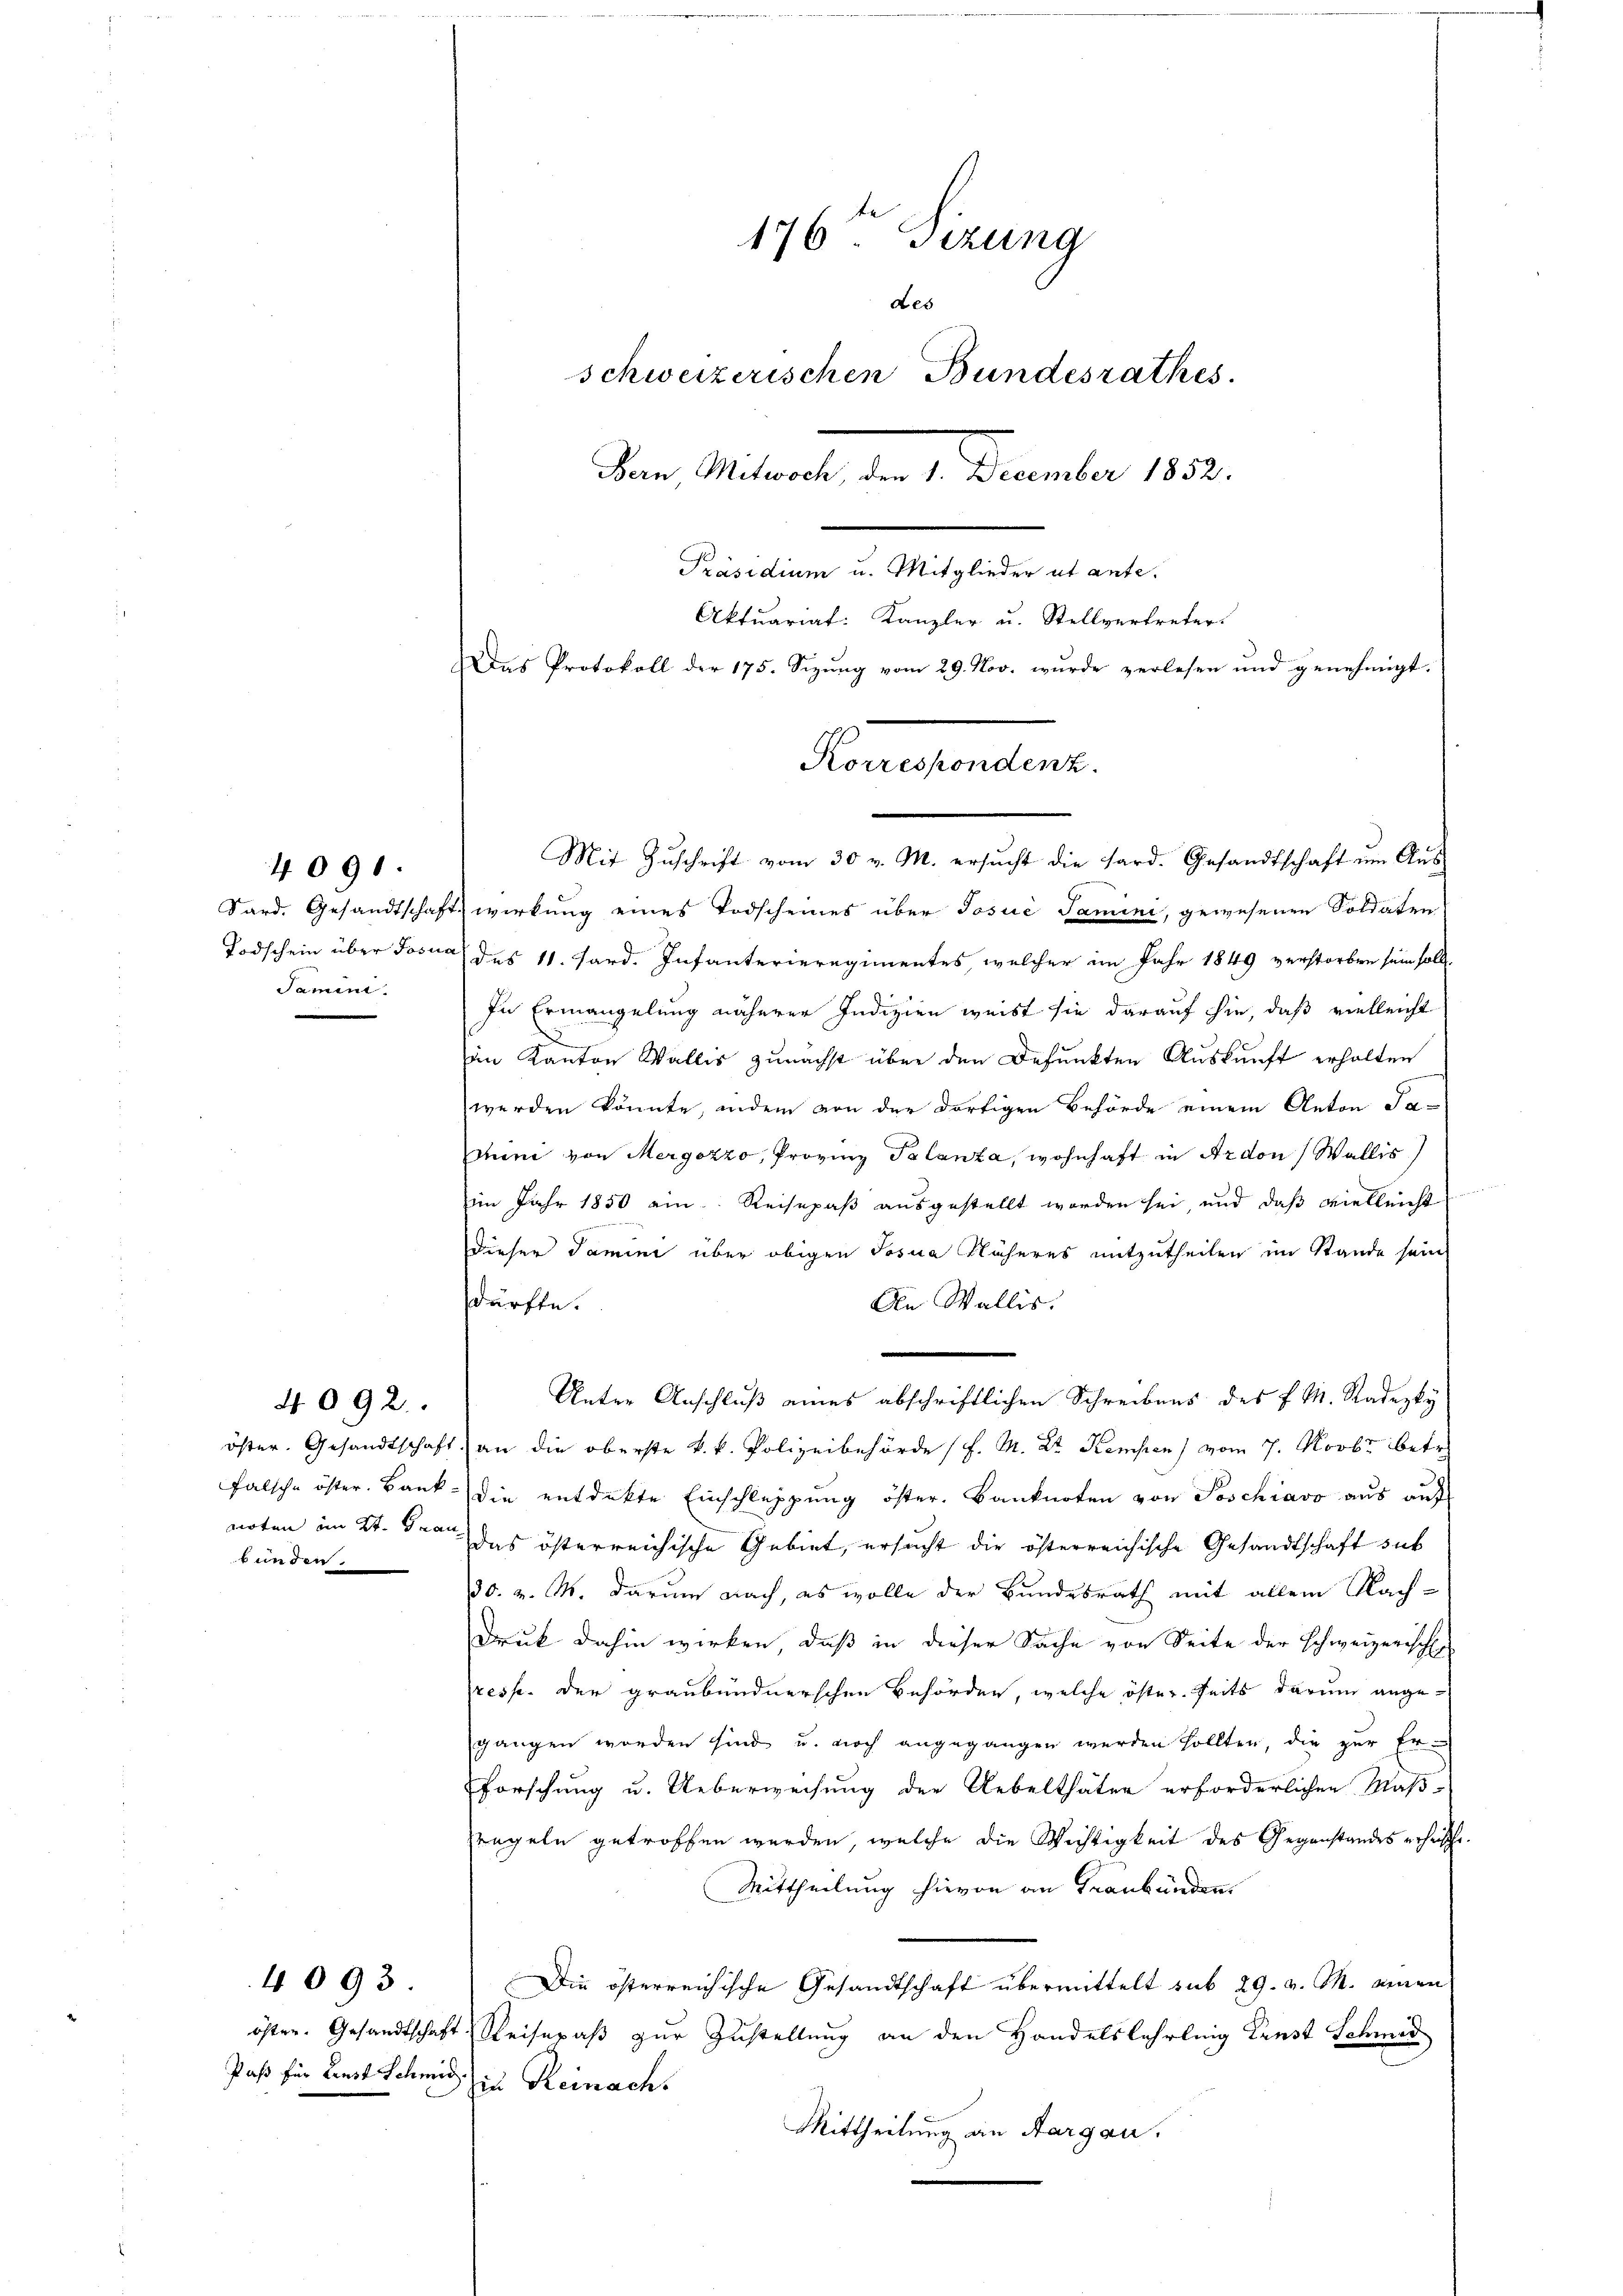
Samen.

4090.

bunden.

4092

4093.

176ten Sizung
des
schweizerischen Bundesrathes.
Bern, Metwoch, den 1. December 1852.
Präsidium u. Mitglieder ut ante.
Aktuariat: Kanzler u. Stellvertreter
Das Protokoll der 175. Sizŭng vom 29. Nov. wurde verlesen und genehmigt.

Korrespondenz.
n

Mit Zuschrift vom 30 v. M. ersucht die Hard. Gesandtschaft um Aus-
Sard. Gesandtschaftswirkung eines Todscheines über Josuć Tamini, gewesenen Soldaten
Todschein über Josua des 11. Ferd. Infanterieregimentes welcher im Jahr 1849 verstorben sein soll.
In Ermangelung näherer Indizien weist sie darauf sie, daß vielleicht
im Kanton Wallis zunächst über den Befunkten Auskunft erholten
werden könnte, indem von der dortigen Behörde einem Anton Sa-
chini von Mergozzo, Provinz Palanta, wohnhaft in Ardon (Wallis
im Jahr 1850 ein Reisepaß ausgestellt worden sei, und daß vielleicht
dieser Samini über obigen Josua Näheres mitzutheilen im Stande sein
dürfte.
An Wallis.
öster. Gesandtschaft an die oberste k. k. Polizeibehörde (l. M. Dr. Kempten) vom 7. Novbr. betr.
falsche öster. Bank die entdekte Einschleppung öster. Banknoten von Poschiavo aus auf
noten im 2t. Frau das österreichische Gebiet, ersucht die österreichische Gesandtschaft sub
30. v. M. darum nach, es wolle der Bundesrath mit allem Nach-
Druck dahin wirken, daß in dieser Sache von Seite der Schweizerisch
presse der graubündnerschen Behörden, welche öster seits darum angegangen worden sind u. noch angegangen werden sollten, die zŭr Er-
Forschung u. Ueberweisung der Uebelthäter erforderlichen Maß-
regeln getroffen werden, welche die Wichtigkeit des Gegenstandes erheische.
Mittheilung hievon an Graubünden.
Die österreichische Gesandtschaft übermittelt sub 29. v. M. einen
öster. Gesandtschaft Reisepaß zur Zustellung an den Handelslehrlung Ernst Schmer
Paß für Linst Schmid in Reinach
Mittheilung an Aargau.

e
Unter Anschluß eines abschriftlichen Schreibens des P. M. Radezky